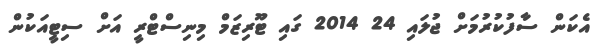
އެކަން ސާފުކުރުމަށް ޖުލައި 24 2014 ގައި ޓޫރިޒަމް މިނިސްޓްރީ އަށް ސިޓީއަކުން